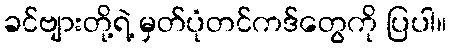
ခင်ဗျားတို့ရဲ့ မှတ်ပုံတင်ကဒ်တွေကို ပြပါ။